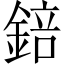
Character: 錇